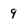
Character: 9